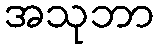
အသုဘာ